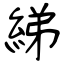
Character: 綈